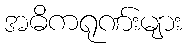
အဓိကရုဏ်းများ